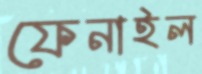
ফেনাইল